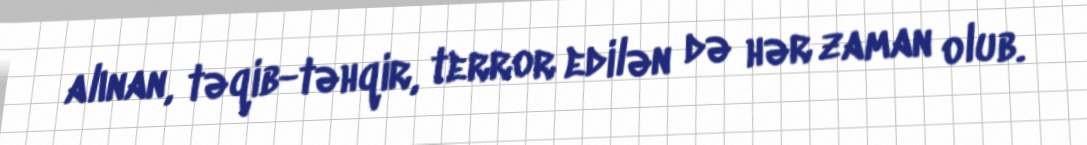
alınan, təqib-təhqir, terror edilən də hər zaman olub.